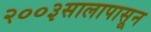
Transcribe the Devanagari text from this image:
२००३सालापासून